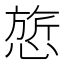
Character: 𰒃